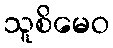
သူစိမေဝ